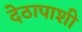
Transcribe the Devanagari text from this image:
देठापाशी